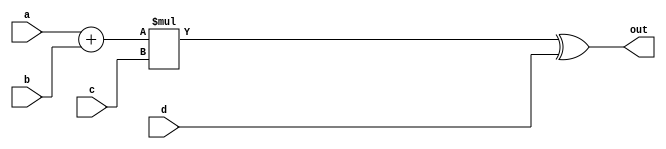
// Module used to test the Lakeroad pass in Yosys. 
// See python/yosys_experiments.py.
module test_add_mul_xor16 (
    input  [15:0] a,
    input  [15:0] b,
    input  [15:0] c,
    input  [15:0] d,
    output [15:0] out
);
  assign out = ((a + b) * c) ^ d;
endmodule